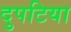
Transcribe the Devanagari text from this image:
दुपटिया